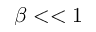
\beta < < 1